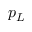
p _ { L }